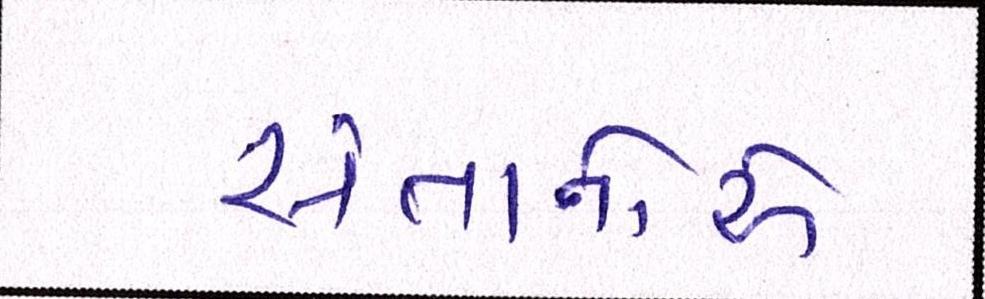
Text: સંતાનોએ